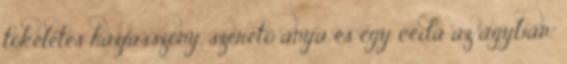
tökéletes háziasszony, szerető anya és egy céda az ágyban."